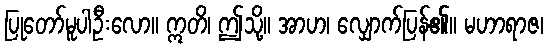
ပြုတော်မူပါဦးလော။ ဣတိ၊ ဤသို့။ အာဟ၊ လျှောက်ပြန်၏။ မဟာရာဇ၊